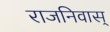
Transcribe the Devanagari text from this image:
राजनिवास्